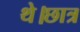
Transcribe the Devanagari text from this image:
थे।छात्र